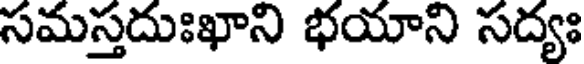
సమస్తదుఃఖాని భయాని సద్యః